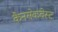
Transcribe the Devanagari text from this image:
कैनसेकवेस्ट